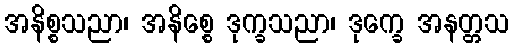
အနိစ္စသညာ၊ အနိစ္စေ ဒုက္ခသညာ၊ ဒုက္ခေ အနတ္တသ